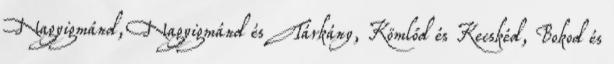
Nagyigmánd, Nagyigmánd és Tárkány, Kömlőd és Kecskéd, Bokod és